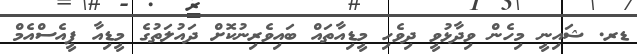
ޑރ. ޝައިނީ މިހެން ވިދާޅުވީ ދިވެހި މީޑިއާތައް ބައިވެރިނުކޮށް ދައުލަތުގެ މީޑިއާ ޕީއެސްއެމް